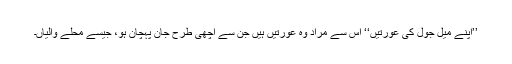
’’اپنے میل جول کی عورتیں‘‘ اس سے مراد وہ عورتیں ہیں جن سے اچھی طرح جان پہچان ہو، جیسے محلے والیاں۔